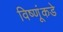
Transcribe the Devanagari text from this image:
विष्णूंकडे